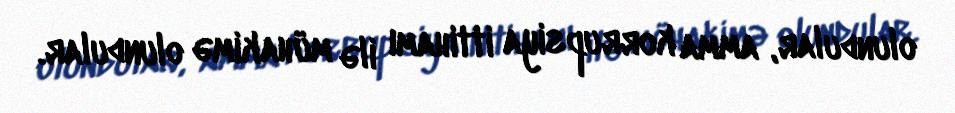
olundular, amma korrupsiya ittihamı ilə mühakimə olundular.